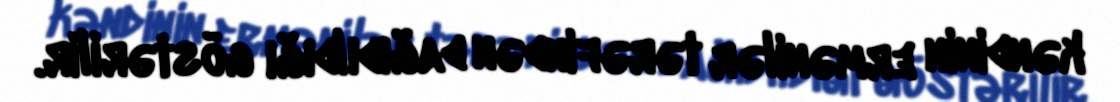
kəndinin ermənilər tərəfindən dağıdıldığı göstərilir.